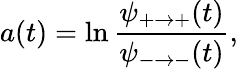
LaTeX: a(t)=\ln\frac{\psi_{+\to+}(t)}{\psi_{-\to-}(t)},